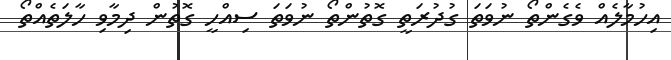
އިހުމާލެއް ވެގެންތޯ ނުވަތަ ގުދުރަތީ ގޮތުންތޯ ނުވަތަ ސިއްހީ ގޮތުން ދިމާވި ހާލަތެއްތޯ